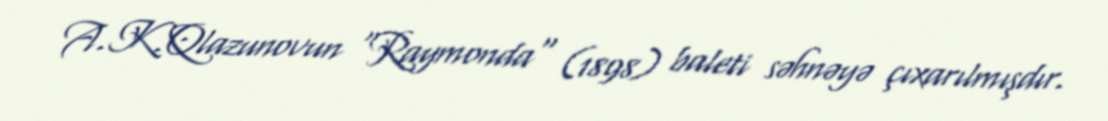
A.K.Qlazunovun "Raymonda" (1898) baleti səhnəyə çıxarılmışdır.